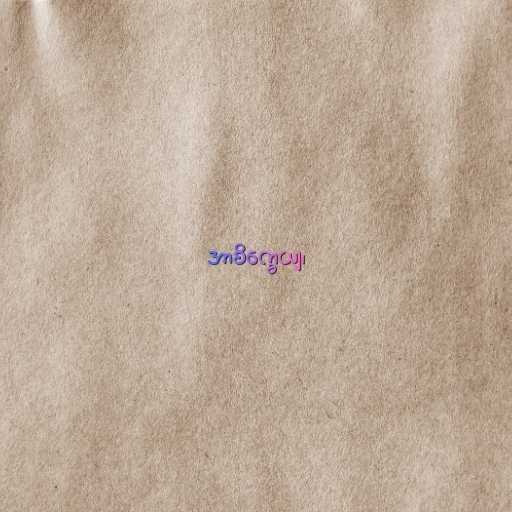
အာစိက္ခေယျ၊